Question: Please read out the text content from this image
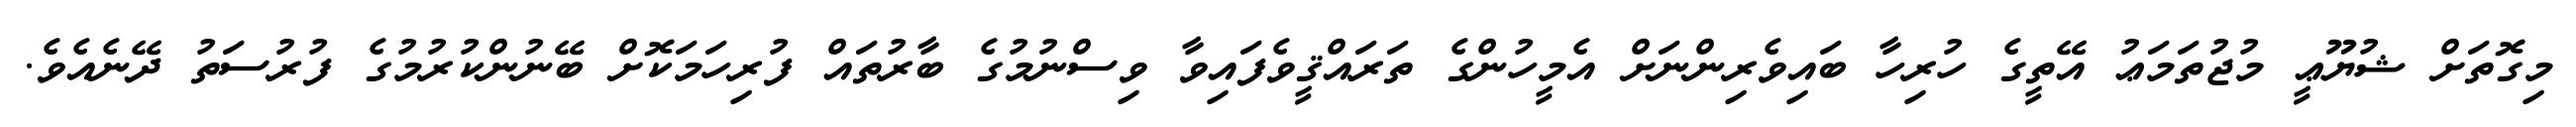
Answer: މިގޮތަށް ޝުޔޫޢީ މުޖުތަމަޢު އޭތީގެ ހުރިހާ ބައިވެރިންނަށް އެމީހުންގެ ތަރައްޤީވެފައިވާ ވިސްނުމުގެ ބާރުތައް ފުރިހަމަކޮށް ބޭނުންކުރުމުގެ ފުރުސަތު ދޭނެއެވެ.